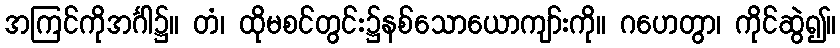
အကြင်ကိုအင်္ဂါ၌။ တံ၊ ထိုမစင်တွင်း၌နစ်သောယောကျာ်းကို။ ဂဟေတွာ၊ ကိုင်ဆွဲ၍။